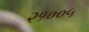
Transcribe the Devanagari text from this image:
२१००५